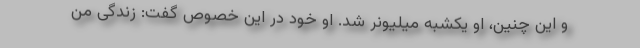
و این چنین، او یکشبه میلیونر شد. او خود در این خصوص گفت: زندگی من